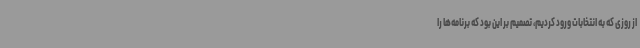
از روزی که به انتخابات ورود کردیم، تصمیم بر این بود که برنامه‌ها را